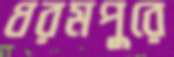
ধরমপুরে